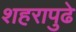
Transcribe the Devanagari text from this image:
शहरापुढे